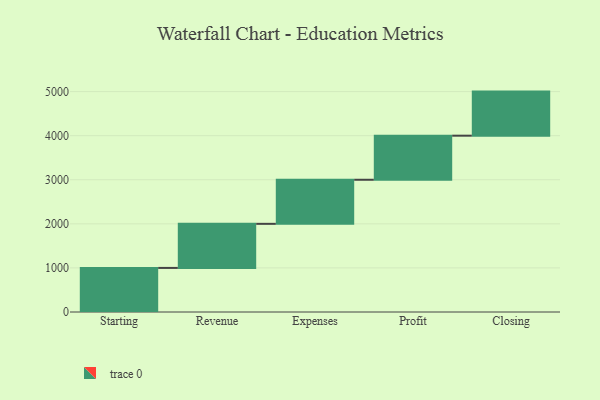
{"axis": {"x": "Step", "y": "Value"}, "legend": [""], "data": [{"x": "Starting", "y": 1000, "type": ""}, {"x": "Revenue", "y": 1000, "type": ""}, {"x": "Expenses", "y": 1000, "type": ""}, {"x": "Profit", "y": 1000, "type": ""}, {"x": "Closing", "y": 1000, "type": ""}]}